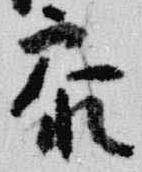
参